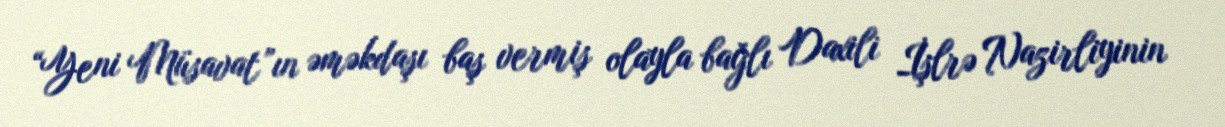
“Yeni Müsavat”ın əməkdaşı baş vermiş olayla bağlı Daxili İşlrə Nazirliyinin